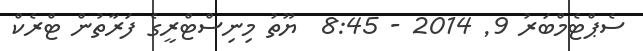
ސެޕްޓެމްބަރު 9